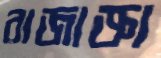
রাজাজ্ঞা